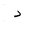
Letter: _dal